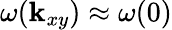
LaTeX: \omega({\mathbf k}_{xy})\approx\omega(0)